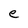
Character: e